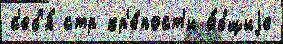
с'еб'я́ стр кр'е́пост'и о́бщиjе